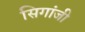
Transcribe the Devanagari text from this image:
सिगांजी